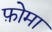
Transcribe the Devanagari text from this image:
फ़ोमा